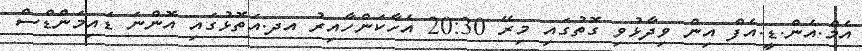
އެމް.އެން.ޑީ.އެފް އިން ވިދާޅުވި ގޮތުގައި މިރޭ 20:30 އެހާކަންހާއިރު އދ.އަތޮޅުގައި އޮންނަ ޑައިމަންޑްސް